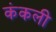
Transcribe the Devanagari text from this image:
कंकली